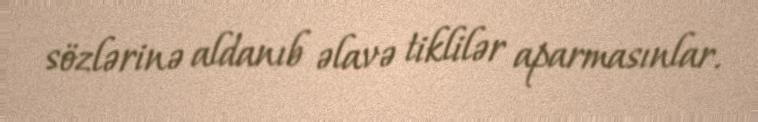
sözlərinə aldanıb əlavə tiklilər aparmasınlar.